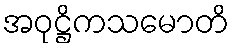
အဝုဋ္ဌိကသမောတိ